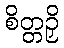
စိတ္တဉှိ